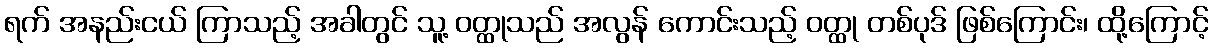
ရက် အနည်းငယ် ကြာသည့် အခါတွင် သူ့ ဝတ္ထုသည် အလွန် ကောင်းသည့် ဝတ္ထု တစ်ပုဒ် ဖြစ်ကြောင်း၊ ထို့ကြောင့်